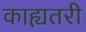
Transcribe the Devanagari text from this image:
काह्यतरी